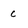
Character: c